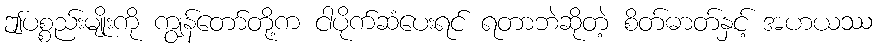
ဤပစ္စည်းမျိုးကို ကျွန်တော်တို့က ငါပိုက်ဆံပေးရင် ရတာဘဲဆိုတဲ့ စိတ်ဓာတ်နှင့် အဟယဿ